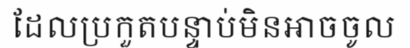
ដែលប្រកួតបន្ទាប់មិនអាចចូល